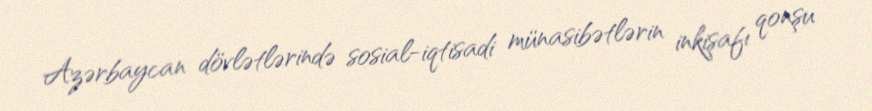
Azərbaycan dövlətlərində sosial-iqtisadi münasibətlərin inkişafı qonşu